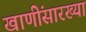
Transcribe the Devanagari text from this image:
खाणींसारख्या